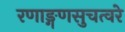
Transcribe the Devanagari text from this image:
रणाङ्गणसुचत्वरे